Specificity of antivenomous sera (second communication) - Number 10
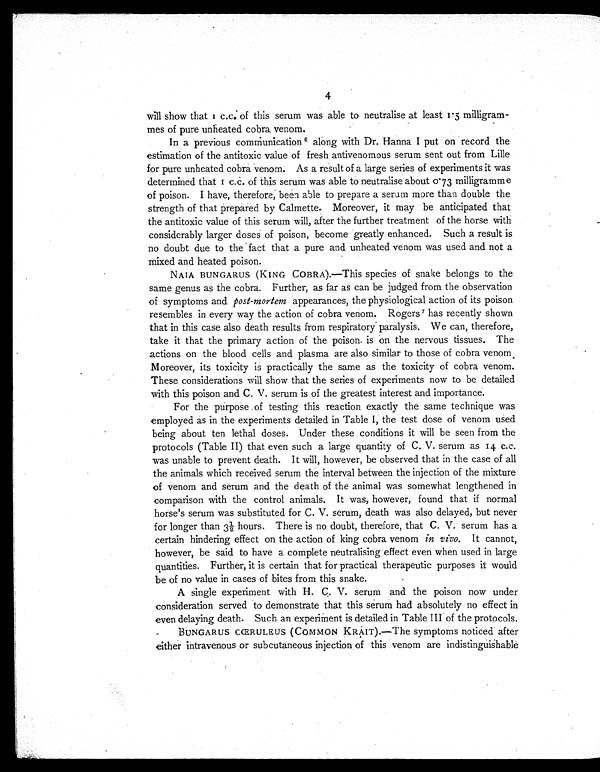
4
will show that 1 c.c. of this serum was able to neutralise at least 1.5 milligram-
mes of pure unheated cobra venom.
In a previous communication6 along with Dr. Hanna I put on record the
estimation of the antitoxic value of fresh antivenomous serum sent out from Lille
for pure unheated cobra venom. As a result of a large series of experiments it was
determined that 1 c.c. of this serum was able to neutralise about 0.73 milligramme
of poison. I have, therefore; been able to prepare a serum more than double the
strength of that prepared by Calmette. Moreover, it may be anticipated that
the antitoxic value of this serum will, after the further treatment of the horse with
considerably larger doses of poison, become greatly enhanced. Such a result is
no doubt due to the fact that a pure and unheated venom was used and not a
mixed and heated poison.
NAIA BUNGARUS (KING COBRA).—This species of snake belongs to the
same genus as the cobra. Further, as far as can be judged from the observation
of symptoms and post-mortem appearances, the physiological action of its poison
resembles in every way the action of cobra venom. Rogers 7 has recently shown
that in this case also death results from respiratory paralysis. We can, therefore,
take it that the primary action of the poison is on the nervous tissues. The
actions on the blood cells and plasma are also similar to those of cobra venom.
Moreover, its toxicity is practically the same as the toxicity of cobra venom.
These considerations will show that the series of experiments now to be detailed
with this poison and C. V. serum is of the greatest interest and importance.
For the purpose of testing this reaction exactly the same technique was
employed as in the experiments detailed in Table I, the test dose of venom used
being about ten lethal doses. Under these conditions it will be seen from the
protocols (Table II) that even such a large quantity of C. V. serum as 14 c.c.
was unable to prevent death. It will, however, be observed that in the case of all
the animals which received serum the interval between the injection of the mixture
of venom and serum and the death of the animal was somewhat lengthened in
comparison with the control animals. It was, however, found that if normal
horse's serum was substituted for C. V. serum, death was also delayed, but never
for longer than 3½ hours, There is no doubt, therefore, that C. V. serum has a
certain hindering effect on the action of king cobra venom in vivo. It cannot,
however, be said to have a complete neutralising effect even when used in large
quantities. Further, it is certain that for practical therapeutic purposes it would
be of no value in cases of bites from this snake.
A single experiment with H. C. V. serum and the poison now under
consideration served to demonstrate that this serum had absolutely no effect in
even delaying death. Such an experiment is detailed in Table III of the protocols.
BUNGARUS CŒRULEUS (COMMON KRAIT).—The symptoms noticed after
either intravenous or subcutaneous injection of this venom are indistinguishable